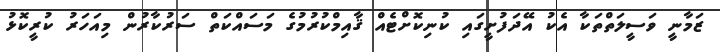
ޒަމާނީ ވަސީލަތްތަކާ އެކު އޭދަފުށީގައި ކުނިކޮށްޓެއް ޤާއިމްކުރުމުގެ މަސައްކަތް ސަރުކާރުން މިއަހަރު ކުރީކޮޅު